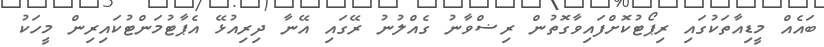
ބައެއް މީޑިއާތަކުގައި ރިޕޯޓުކޮށްފައިވާގޮތުން ރިޟްވާނު ގެއްލުނު ރޭގައި އޭނާ ދިރިއުޅޭ އެޕާޓުމަންޓުކައިރިން މީހަކު